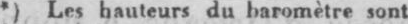
*) Les hauteurs du baromètre sont